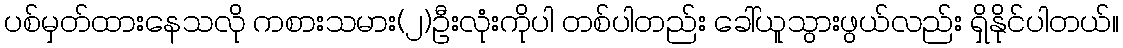
ပစ်မှတ်ထားနေသလို ကစားသမား(၂)ဦးလုံးကိုပါ တစ်ပါတည်း ခေါ်ယူသွားဖွယ်လည်း ရှိနိုင်ပါတယ်။